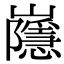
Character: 𡾯